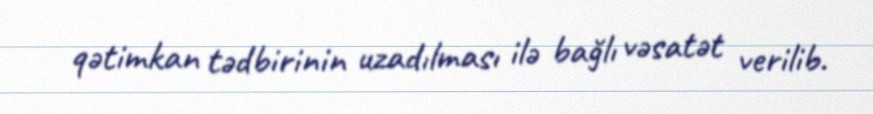
qətimkan tədbirinin uzadılması ilə bağlı vəsatət verilib.